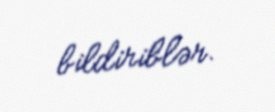
bildiriblər.